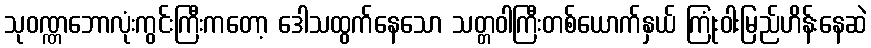
သုဝဏ္ဏဘောလုံးကွင်းကြီးကတော့ ဒေါသထွက်နေသော သတ္တဝါကြီးတစ်ယောက်နှယ် ကြုံးဝါးမြည်ဟိန်းနေဆဲ